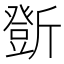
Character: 𣃆